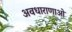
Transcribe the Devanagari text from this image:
अवधाराणाओं